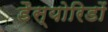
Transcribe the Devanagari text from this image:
डैस्योरिडों